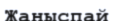
Жаныспай